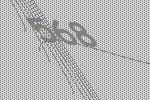
568